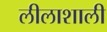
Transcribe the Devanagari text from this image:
लीलाशाली